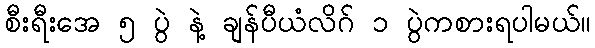
စီးရီးအေ ၅ ပွဲ နဲ့ ချန်ပီယံလိဂ် ၁ ပွဲကစားရပါမယ်။